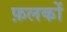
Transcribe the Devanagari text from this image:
फ़लकों